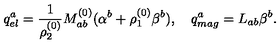
q _ { e l } ^ { a } = { \frac { 1 } { \rho _ { 2 } ^ { ( 0 ) } } } M _ { a b } ^ { ( 0 ) } ( \alpha ^ { b } + \rho _ { 1 } ^ { ( 0 ) } \beta ^ { b } ) , \quad q _ { m a g } ^ { a } = L _ { a b } \beta ^ { b } .